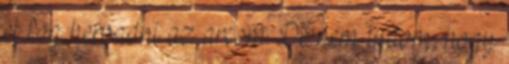
el fog hervadni az arcom. De nem tudom, hogy